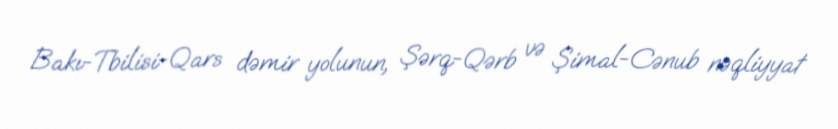
Bakı-Tbilisi-Qars dəmir yolunun, Şərq-Qərb və Şimal-Cənub nəqliyyat